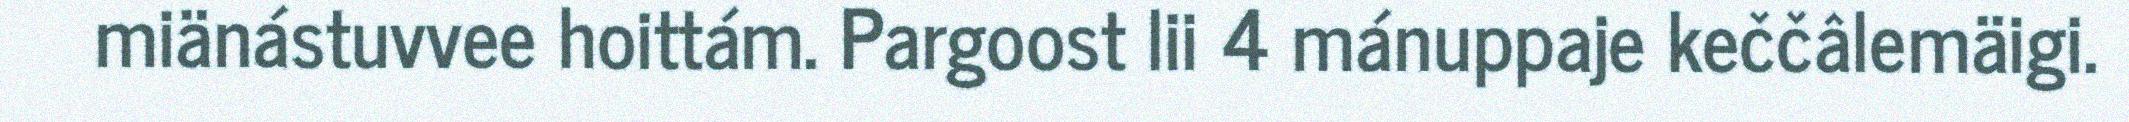
miänástuvvee hoittám. Pargoost lii 4 mánuppaje keččâlemäigi.